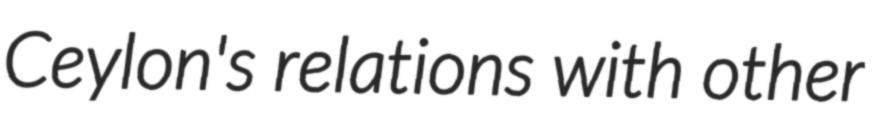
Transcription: Ceylon's relations with other